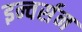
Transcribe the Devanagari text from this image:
इन्वर्सन